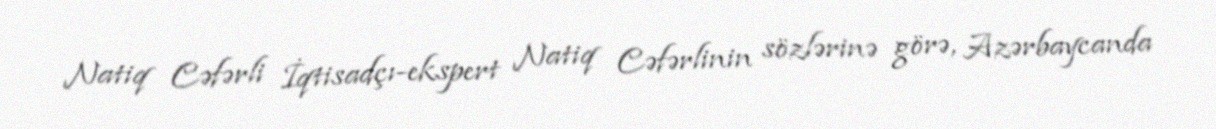
Natiq Cəfərli İqtisadçı-ekspert Natiq Cəfərlinin sözlərinə görə, Azərbaycanda